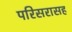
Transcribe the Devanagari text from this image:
परिसरासह